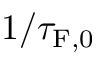
1 / \tau _ { \mathrm { F , 0 } }